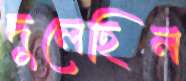
দুলেছিল